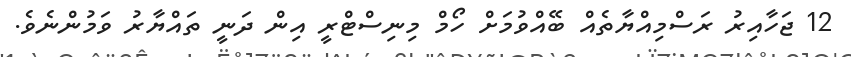
12 ޖަހާއިރު ރަސްމިއްޔާތެއް ބޭއްވުމަށް ހޯމް މިނިސްޓްރީ އިން ދަނީ ތައްޔާރު ވަމުންނެވެ.